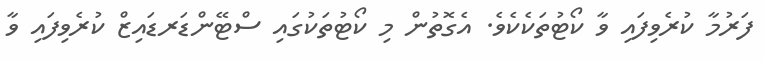
ފަރުމާ ކުރެވިފައި ވާ ކޯޓުތަކެކެވެ. އެގޮތުން މި ކޯޓުތަކުގައި ސްޓޭންޑަރޑައިޒް ކުރެވިފައި ވާ